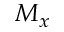
M _ { x }